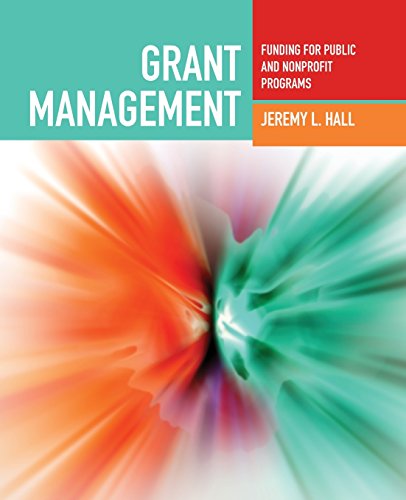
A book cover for Grant Management: Funding For Public And Nonprofit Programs; Jeremy  L. Hall; Business & Money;